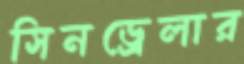
সিনড্রেলার